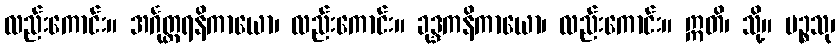
လည်းကောင်း။ အင်္ဂုတ္တရနိကာယော၊ လည်းကောင်း။ ခုဒ္ဒကနိကာယော၊ လည်းကောင်း။ ဣတိ၊ သို့။ ပဉ္စသု၊